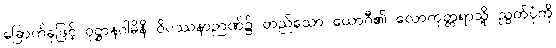
ခြောက်ခုဖြင့် ဝုဋ္ဌာနဂါမိနိ ဝိပဿနာဉာဏ်၌ တည်သော ယောဂီ၏ လောကုတ္တရာသို့ ညွတ်ပုံကို